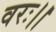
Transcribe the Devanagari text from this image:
वरः।।